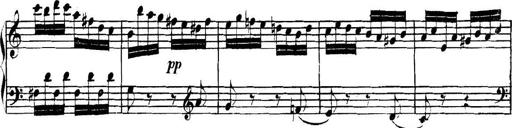
Title: Collected Piano Sonatas
Composer: Muzio Clementi